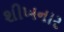
શીખનાર